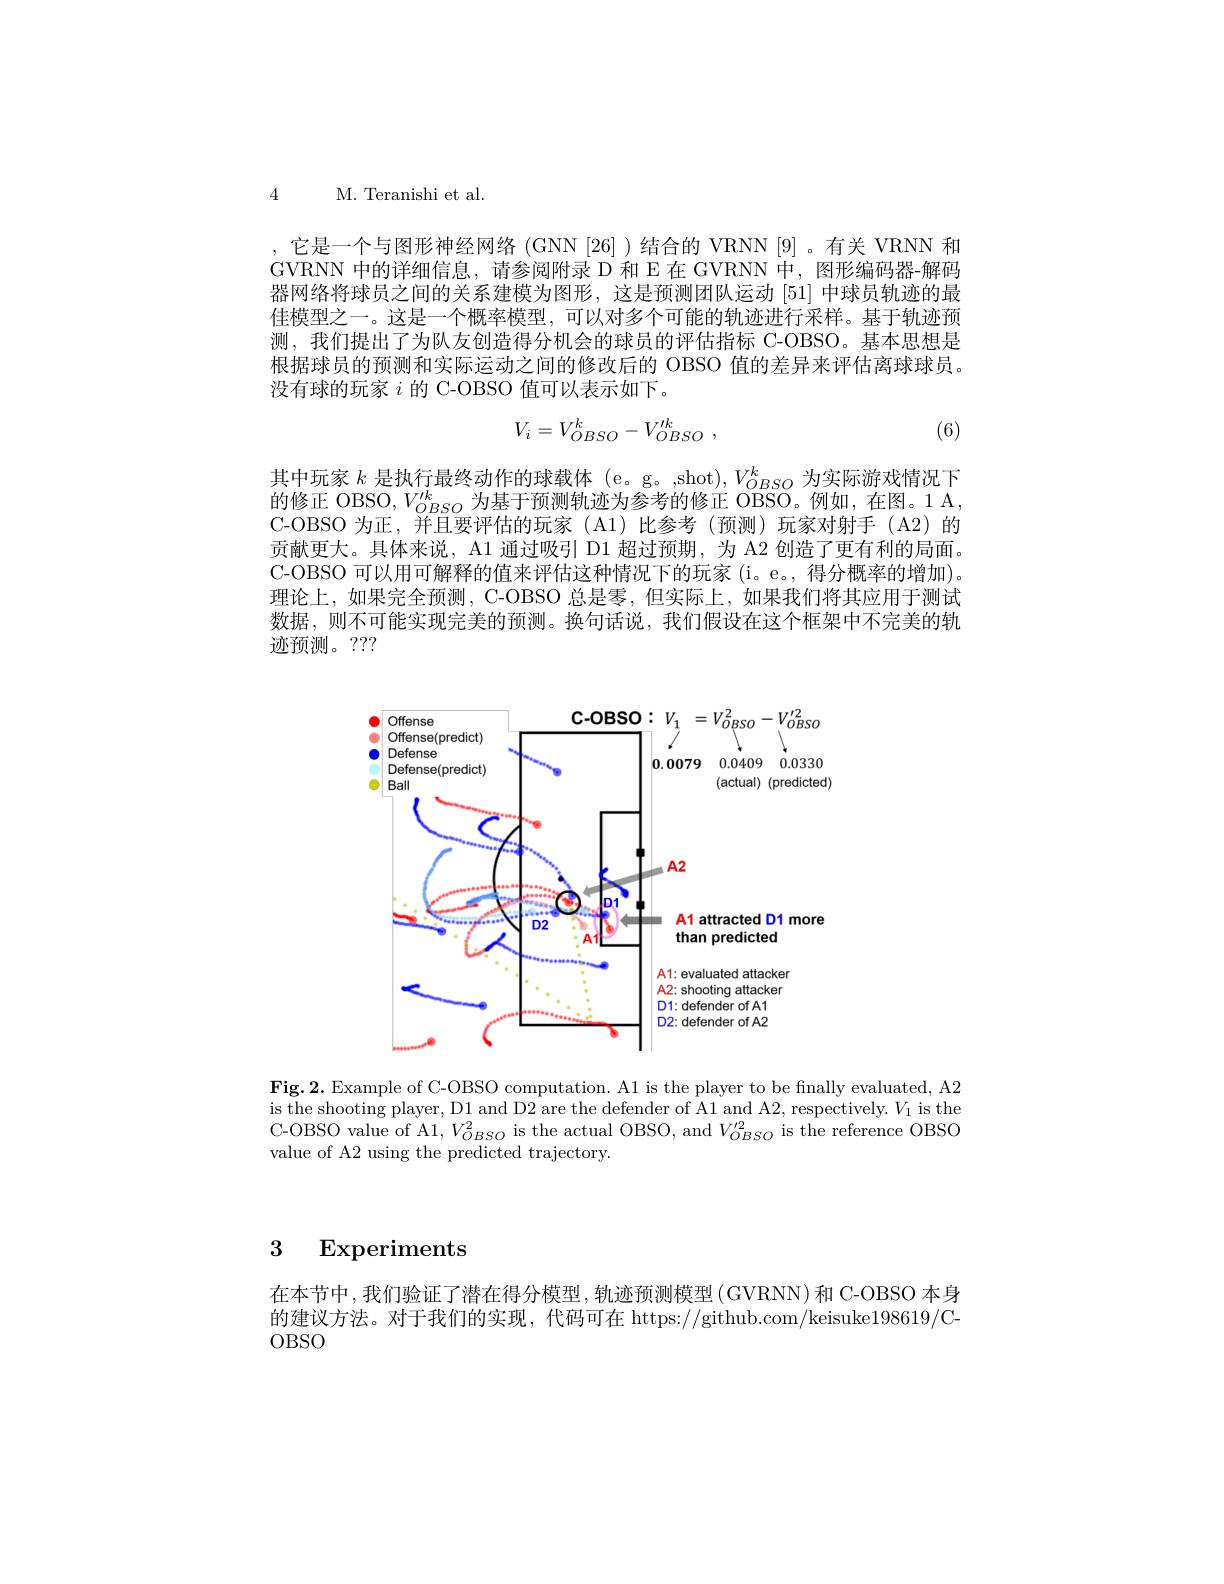
4 M. Teranishi et al.

,它是一个与图形神经网络(GNN[26])结合的 VRNN [9]。有关 VRNN 和GVRNN 中的详细信息，请参阅附录 D 和 E 在 GVRNN 中，图形编码器-解码器网络将球员之间的关系建模为图形，这是预测团队运动[51]中球员轨迹的最佳模型之一。这是一个概率模型，可以对多个可能的轨迹进行采样。基于轨迹预测，我们提出了为队友创造得分机会的球员的评估指标 C-OBSO。基本思想是根据球员的预测和实际运动之间的修改后的 OBSO 值的差异来评估离球球员。没有球的玩家$i$ 的 C-OBSO 值可以表示如下。
$$V_{i}=V_{OBSO}^{k}-V_{OBSO}^{\prime k}\:,$$
(6)

其中玩家$k$是执行最终动作的球载体 (e。g。,shot),$V_OBSO^k$为实际游戏情况下的修正 OBSO,$V_OBSO^k$为基于预测轨迹为参考的修正 OBSO。例如，在图。1 A, C-OBSO 为正，并且要评估的玩家(Al)比参考(预测)玩家对射手(A2)的贡献更大。具体来说，A1 通过吸引 D1 超过预期，为 A2 创造了更有利的局面。C-OBSO 可以用可解释的值来评估这种情况下的玩家(i。e。, 得分概率的增加)。理论上，如果完全预测，C-OBSO 总是零，但实际上，如果我们将其应用于测试数据，则不可能实现完美的预测。换句话说，我们假设在这个框架中不完美的轨迹预测。7??

<FigureHere>

$\textbf{Fig. 2. Example of C- OBSO computation. A1 is the player to be finally evaluated, A}2$ $\bar{\text{is the shooting player, D1 and D2 are the defender of A1 and A2, respectively. }V_{1}}$ is the C-OBSO value of A1,$V_{OBSO}^{2}$is the actual OBSO, and $V_{OBSO}^{\prime2}$ is the reference OBSO value of A2 using the predicted trajectory.

3 Experiments

在本节中，我们验证了潜在得分模型，轨迹预测模型(GVRNN)和C-OBSO 本身的建议方法。对于我们的实现，代码可在 https://github.com/keisuke198619/C- $OBSO$